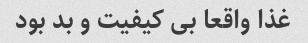
غذا واقعا بی کیفیت و بد بود